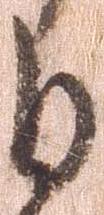
日